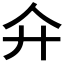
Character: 𢌯